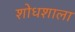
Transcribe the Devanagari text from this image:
शोधशाला